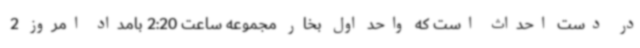
در دست احداث است که واحد اول بخار مجموعه ساعت 2:20 بامداد امروز 2